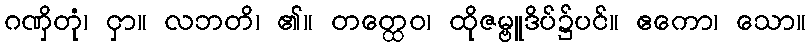
ဂဏှိတုံ၊ ငှာ။ လဘတိ၊ ၏။ တတ္ထေဝ၊ ထိုဇမ္ဗူဒိပ်၌ပင်။ ဧကော၊ သော။